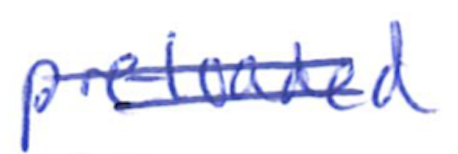
Text: pre-loaded
Cross-out: double-line
Writing tool: ballpoint